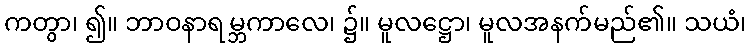
ကတွာ၊ ၍။ ဘာဝနာရမ္ဘကာလေ၊ ၌။ မူလဋ္ဌော၊ မူလအနက်မည်၏။ သယံ၊